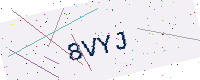
Text: 8VYJ